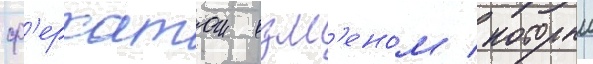
ф'ерхатом озм'еном / которыи